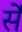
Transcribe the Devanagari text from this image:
र्सें